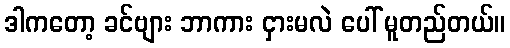
ဒါကတော့ ခင်ဗျား ဘာကား ငှားမလဲ ပေါ် မူတည်တယ်။